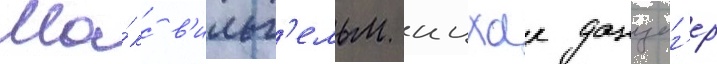
Ма́кс в'ильг'ельм ицхак данциг'ер